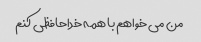
من می خواهم با همه خداحافظی کنم